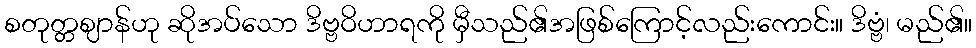
စတုတ္တဈာန်ဟု ဆိုအပ်သော ဒိဗ္ဗဝိဟာရကို မှီသည်၏အဖြစ်ကြောင့်လည်းကောင်း။ ဒိဗ္ဗံ၊ မည်၏။